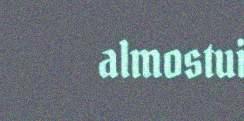
almostui